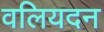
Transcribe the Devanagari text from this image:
वलियदन